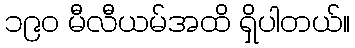
၁၉၀ မီလီယမ်အထိ ရှိပါတယ်။